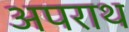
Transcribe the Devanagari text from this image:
अपराथ